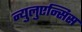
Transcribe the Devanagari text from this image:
न्युलुएन्सिस